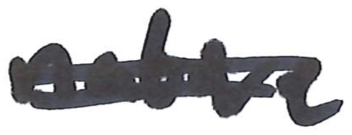
Text: native
Cross-out: double-line
Writing tool: marker